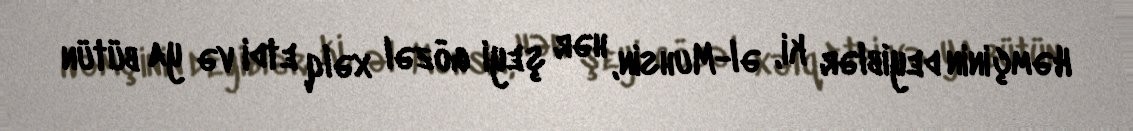
Həmçinin deyiblər ki, əl-Muhsin, hər şeyi gözəl xəlq etdi və ya bütün